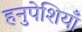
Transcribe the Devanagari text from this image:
हनुपेशियाँ